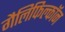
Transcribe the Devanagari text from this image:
गैलिफिल्कॉन